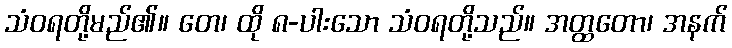
သံဝရတို့မည်၏။ တေ၊ ထို ၈-ပါးသော သံဝရတို့သည်။ အတ္ထတော၊ အနက်